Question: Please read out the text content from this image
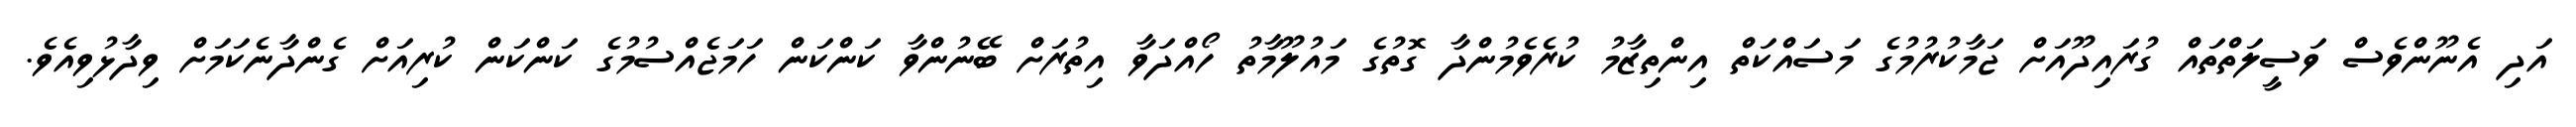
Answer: އަދި އެނޫންވެސް ވަސީލަތްތައް ގުރައިދޫއަށް ޖަމާކުރުމުގެ މަސައްކަތް އިންތިޒާމު ކުރެވެމުންދާ ގޮތުގެ މައުލޫމާތު ހޯއްދަވާ އިތުރަށް ބޭނުންވާ ކަންކަން ހަމަޖެއްސުމުގެ ކަންކަން ކުރިއަށް ގެންދާނެކަމަށް ވިދާޅުވިއެވެ.